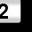
Digit: 2